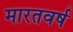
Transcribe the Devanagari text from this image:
मारतवर्ष